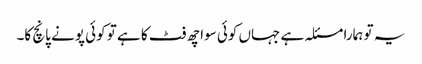
یہ تو ہمارا مسئلہ ہے جہاں کوئی سوا چھ فٹ کا ہے تو کوئی پونے پانچ کا۔